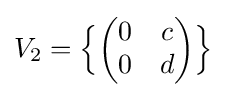
V_{2}={\Bigl \{}{\begin{pmatrix}0&c\\0&d\end{pmatrix}}{\Bigr \}}